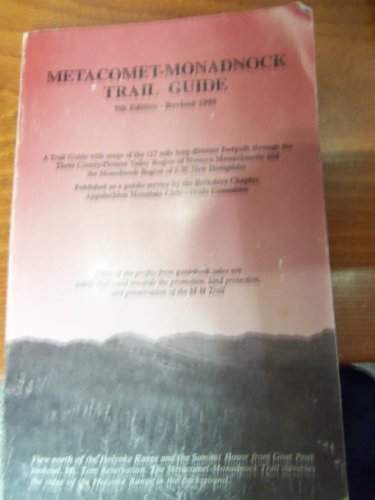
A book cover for Metacomet-Monadnock Trail Guide: A Trail Guide with Maps of the 117 Mile Long Distance Foot Path Through the 3 County-Pioneer Valley Region of Western ... & the Monadnock Region of S. W. New Hampshire; Christopher J. Ryan; Travel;